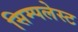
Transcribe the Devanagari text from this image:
सिम्पलेस्ट